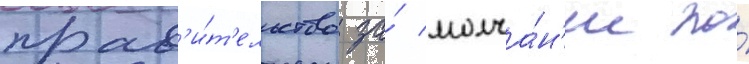
прав'и́т'ельство за́ молча́н'ие по́